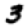
Digit: 3